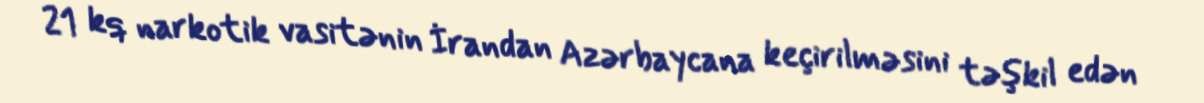
21 kq narkotik vasitənin İrandan Azərbaycana keçirilməsini təşkil edən